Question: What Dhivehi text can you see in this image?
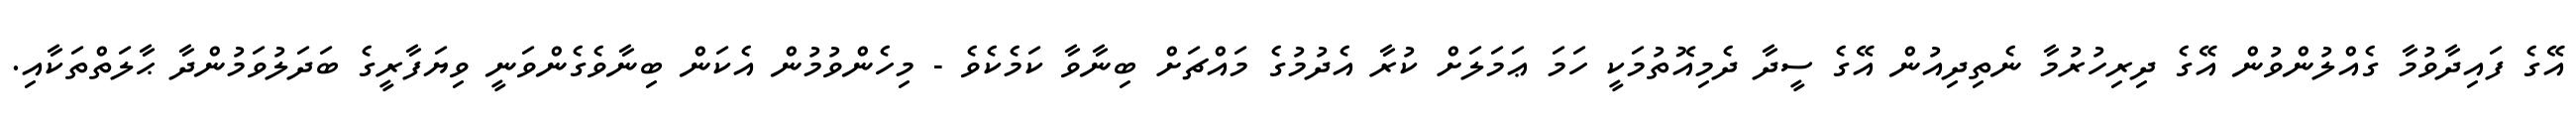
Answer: އޭގެ ފައިދާވުމާ ގެއްލުންވުން އޭގެ ދިރިހުރުމާ ނެތިދިއުން އޭގެ ސީދާ ދެމިއޮތުމަކީ ހަމަ ޢަމަލަށް ކުރާ އެދުމުގެ މައްޗަށް ބިނާވާ ކަމެކެވެ - މިހެންވުމުން އެކަން ބިނާވެގެންވަނީ ވިޔަފާރީގެ ބަދަލުވަމުންދާ ޙާލަތްތަކާއި.